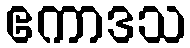
ဧကာဒသ